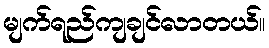
မျက်ရည်ကျချင်လာတယ်။